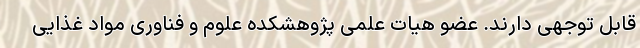
قابل توجهی دارند. عضو هیات علمی پژوهشکده علوم و فناوری مواد غذایی